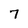
Character: 7